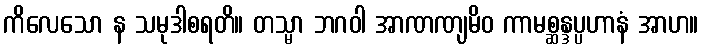
ကိလေသော န သမုဒါစရတိ။ တသ္မာ ဘဂဝါ အာဏဏျမိဝ ကာမစ္ဆန္ဒပ္ပဟာနံ အာဟ။